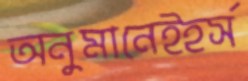
অনুমানেইহর্স